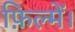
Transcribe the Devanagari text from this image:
फ़िल्में।